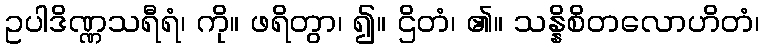
ဥပါဒိဏ္ဏသရီရံ၊ ကို။ ဖရိတွာ၊ ၍။ ဌိတံ၊ ၏။ သန္နိစိတလောဟိတံ၊